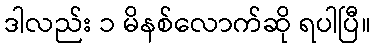
ဒါလည်း ၁ မိနစ်လောက်ဆို ရပါပြီ။